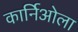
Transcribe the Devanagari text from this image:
कार्निओला